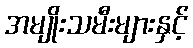
အမျိုးသမီးများနှင့်